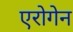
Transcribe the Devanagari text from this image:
एरोगेन